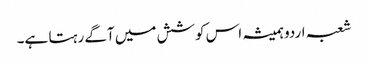
شعبہ اردو ہمیشہ اس کوشش میں آگے رہتا ہے۔